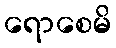
ရောစေမိ